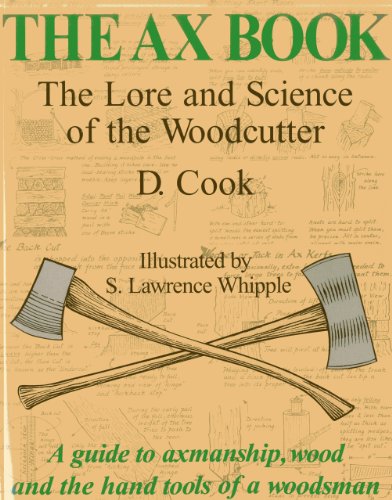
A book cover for The Ax Book: The Lore and Science of the Woodcutter; Dudley Cook; Science & Math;